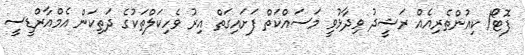
ފޮޓޯ/ ކިއުންތެރިއެއް ރަޝީދު ވިދާޅުވީ މަސައްކަތް ފަށައިގަތް އިރު ވެހިކަލްތަކުގެ ދަތިކަން އެމްއާރްޑީސީ